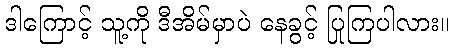
ဒါကြောင့် သူ့ကို ဒီအိမ်မှာပဲ နေခွင့် ပြုကြပါလား။